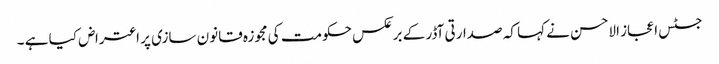
جسٹس اعجاز الاحسن نے کہا کہ صدارتی آڈر کے برعکس حکومت کی مجوزہ قانون سازی پر اعتراض کیا ہے ۔